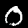
Digit: 0